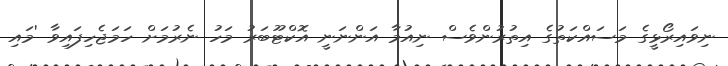
ނިވައިރޯޅީގެ މަސައްކަތުގެ އިތުރުންވެސް ނިއުމާ އަންނަނީ އޮކްޓޫބަރު މަހު ނެރުމަށް ހަމަޖެހިފައިވާ 'މައި